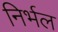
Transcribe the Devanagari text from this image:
निर्भल